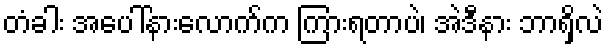
တံခါး အပေါ်နားလောက်က ကြားရတာပဲ၊ အဲဒီနား ဘာရှိလဲ